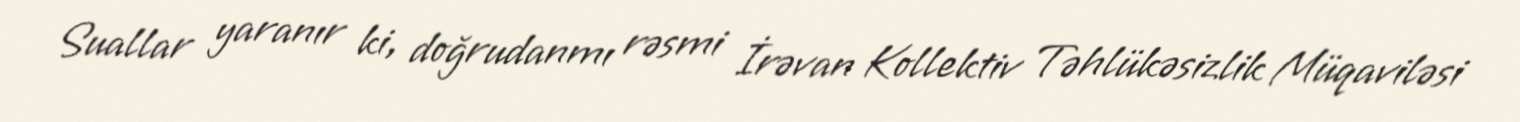
Suallar yaranır ki, doğrudanmı rəsmi İrəvan Kollektiv Təhlükəsizlik Müqaviləsi